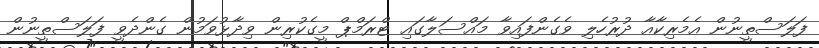
ފަލަސްތީނުން އެމެރިކާއާ ދުރުހެލި ވެގެންފައިވާ މައްސަލާގައި ޓްރަމްޕް މީގެކުރިން ވިދާޅުވަމުން ގެންދެވީ ފަލަސްތީނުން